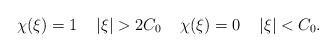
LaTeX: \begin{align*} {\chi}(\xi)= 1 \;\; \;\; |\xi|>2C_0 \;\; \;\; \chi(\xi)=0 \;\; \;\; |\xi|<C_0. \end{align*}